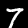
Digit: 7